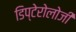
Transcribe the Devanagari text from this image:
डिप्टेरोलोजी